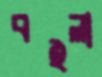
বইলা